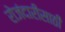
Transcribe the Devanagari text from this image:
रोजंदारीसाठी